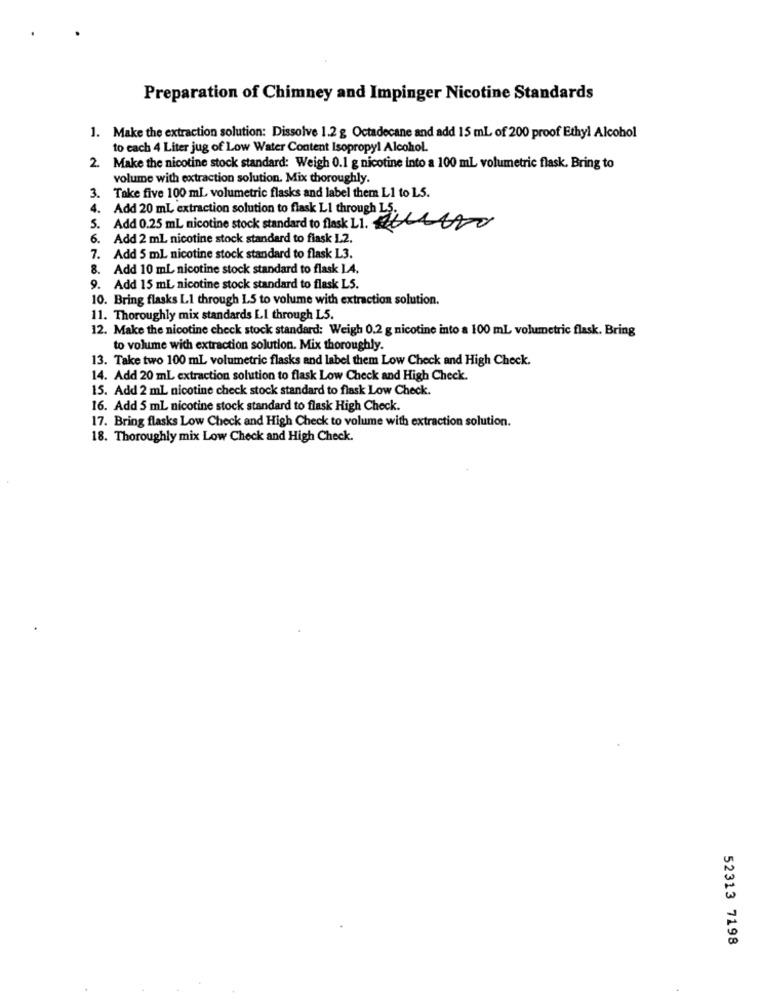
Preparation of Chimney and Impinger Nicotine Standards
1. Make the extraction solution: Dissolve 1.2 g Octadecane and add 15 mL of 200 proof Ethyl Alcohol
to each 4 Liter jug of Low Water Content Isopropyl Alcohol.
2. Make the nicotine stock standard: Weigh 0.1 g nicotine into a 100 mL volumetric flask. Bring to
volume with extraction solution. Mix thoroughly.
3. Take five 100 ml, volumetric flasks and label them L1 to LS.
4. Add 20 mL extraction solution to flask LI through LS
5. Add 0.25 ml nicotine stock standard to flask 11. UNO
6. Add 2 mL nicotine stock standard to fiask 12.
7. Add 5 mL nicotine stock standard to flask L3.
8. Add 10 mL nicotine stock standard to flask LA.
9. Add 15 mL nicotine stock standard to flask LS.
10. Bring flasks LI through LS to volume with extraction solution.
11. Thoroughly mix standards LI through L5.
12. Make the nicotine check stock standard: Weigh 0.2 g nicotine into a 100 mL volumetric flask. Bring
to volume with extraction solution. Mix thoroughly.
13. Take two 100 mL volumetric flasks and label them Low Check and High Check.
14. Add 20 mL extraction solution to flask Low Check and High Check.
15. Add 2 mL nicotine check stock standard to flask Low Check.
16. Add 5 mL nicotine stock standard to flask High Check.
17. Bring flasks Low Check and High Check to volume with extraction solution.
18. Thoroughly mix Low Check and High Check.
52313 7198